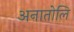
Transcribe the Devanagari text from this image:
अनातोलि